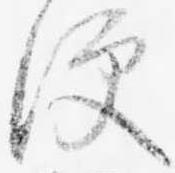
便